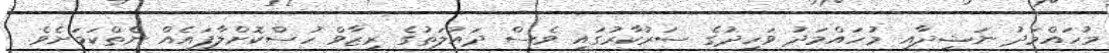
މުހައްމަދު ނަޝީދާއި މުހައްމަދު ވަހީދުގެ ސަރުކާރުގައި ވެސް ދައުލަތުގެ ރިޒާވް ހުސްކޮށްލާފައެއް ނެތްކަމަށެވެ.